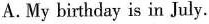
A.My birthday is in July.